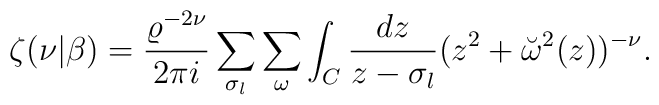
\zeta(\nu|\beta)={\varrho^{-2\nu} \over 2\pi i}\sum_{\sigma_l}\sum_\omega\int_C  {dz \over z-\sigma_l}(z^2+\breve{\omega}^2(z))^{-\nu}.